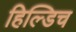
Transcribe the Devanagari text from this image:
हिल्डिच